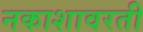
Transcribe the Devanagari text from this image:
नकाशावरती